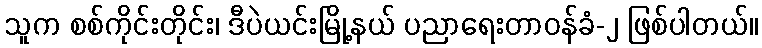
သူက စစ်ကိုင်းတိုင်း၊ ဒီပဲယင်းမြို့နယ် ပညာရေးတာဝန်ခံ-၂ ဖြစ်ပါတယ်။